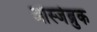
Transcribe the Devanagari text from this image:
ओस्जेब्रुक